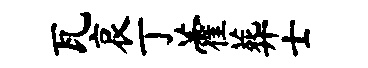
瓦哀丁藿葬士